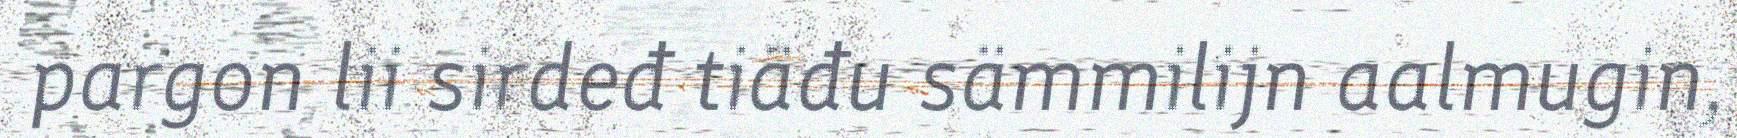
pargon lii sirdeđ tiäđu sämmilijn aalmugin,